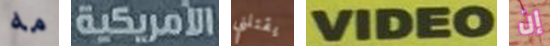
مه الأمريكية يقتلني VIDEO إن